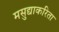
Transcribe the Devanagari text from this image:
मसुद्याकरिता